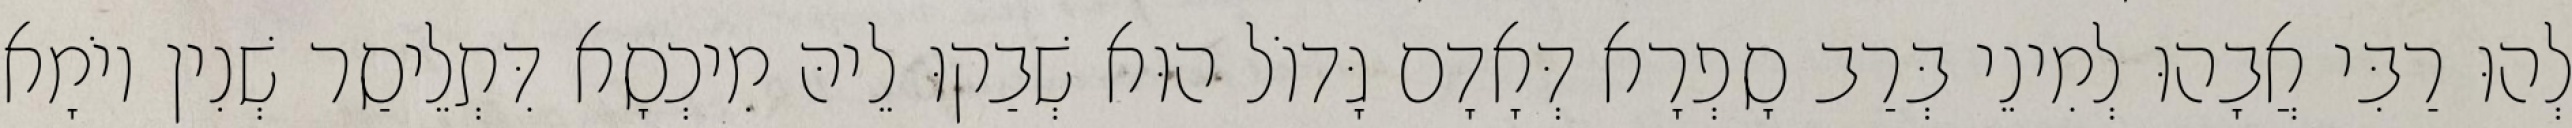
לְהוּ רַבִּי אֲבָהוּ לְמִינֵי בְּרַב סָפְרָא דְּאָדָם גָּדוֹל הוּא שְׁבַקוּ לֵיהּ מִיכְסָא דִּתְלֵיסַר שְׁנִין יוֹמָא